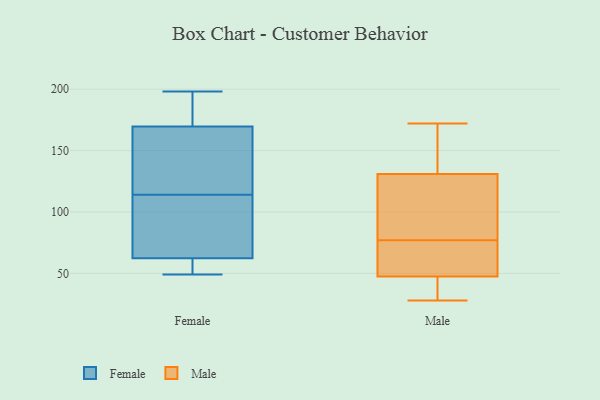
{"axis": {"x": "Gross Profit (USD K)", "y": "Value"}, "legend": ["Female", "Male"], "data": [{"x": "", "y": 49, "type": "Female"}, {"x": "", "y": 171, "type": "Female"}, {"x": "", "y": 52, "type": "Female"}, {"x": "", "y": 165, "type": "Female"}, {"x": "", "y": 198, "type": "Female"}, {"x": "", "y": 114, "type": "Female"}, {"x": "", "y": 175, "type": "Female"}, {"x": "", "y": 93, "type": "Female"}, {"x": "", "y": 49, "type": "Female"}, {"x": "", "y": 121, "type": "Female"}, {"x": "", "y": 114, "type": "Female"}, {"x": "", "y": 73, "type": "Male"}, {"x": "", "y": 172, "type": "Male"}, {"x": "", "y": 81, "type": "Male"}, {"x": "", "y": 168, "type": "Male"}, {"x": "", "y": 28, "type": "Male"}, {"x": "", "y": 52, "type": "Male"}, {"x": "", "y": 72, "type": "Male"}, {"x": "", "y": 43, "type": "Male"}, {"x": "", "y": 163, "type": "Male"}, {"x": "", "y": 99, "type": "Male"}, {"x": "", "y": 39, "type": "Male"}, {"x": "", "y": 87, "type": "Male"}]}